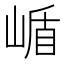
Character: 𭖹